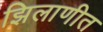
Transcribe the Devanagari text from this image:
झिलाणीत